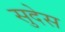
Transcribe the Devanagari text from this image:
सुदेस